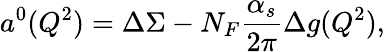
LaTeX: a^{0}(Q^{2})=\Delta\Sigma-N_{F}\frac{\alpha_{s}}{2\pi}\Delta g(Q^{2}),